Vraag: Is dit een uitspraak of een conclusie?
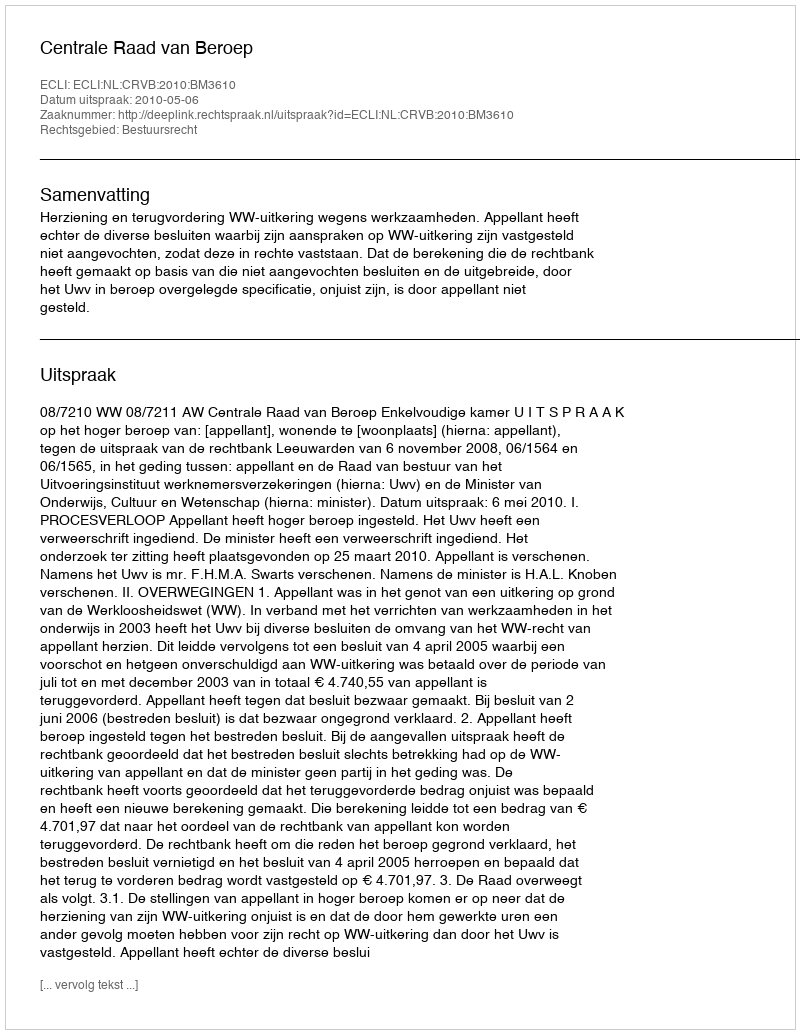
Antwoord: Uitspraak